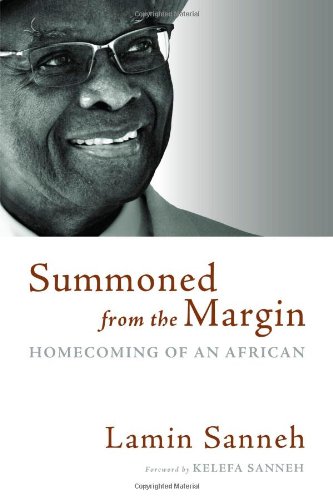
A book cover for Summoned from the Margin: Homecoming of an African; Lamin Sanneh; Biographies & Memoirs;